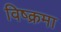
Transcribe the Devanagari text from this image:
विष्क्रमा